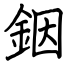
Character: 銦